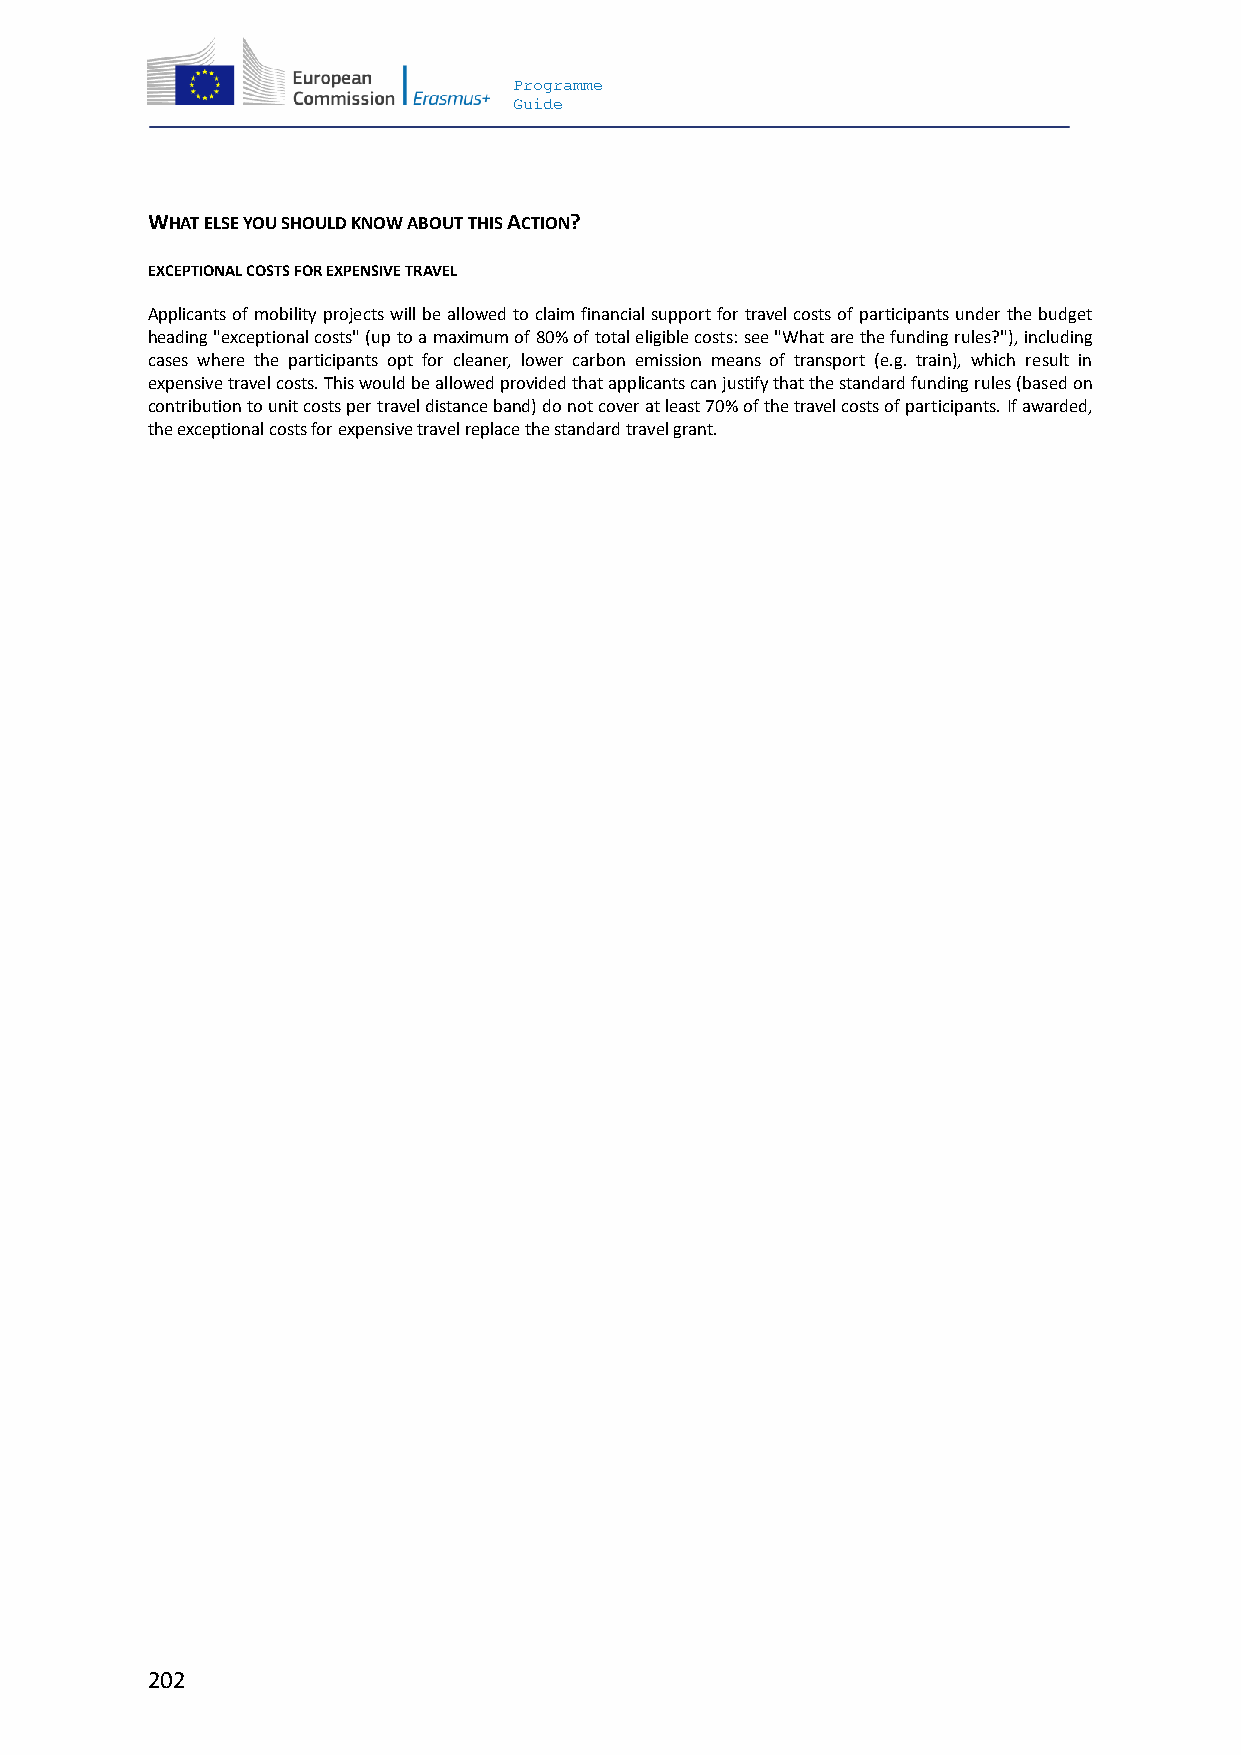
Programme
 Guide
 WHAT ELSE YOU SHOULD KNOW ABOUT THIS ACTION?
 EXCEPTIONAL COSTS FOR EXPENSIVE TRAVEL
 Applicants of mobility projects will be allowed to claim financial support for travel costs of participants under the budget
 heading "exceptional costs" (up to a maximum of 80% of total eligible costs: see "What are the funding rules?"), including
 cases where the participants opt for cleaner, lower carbon emission means of transport (e.g. train), which result in
 expensive travel costs. This would be allowed provided that applicants can justify that the standard funding rules (based on
 contribution to unit costs per travel distance band) do not cover at least 70% of the travel costs of participants. If awarded,
 the exceptional costs for expensive travel replace the standard travel grant.
 202